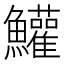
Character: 鱹